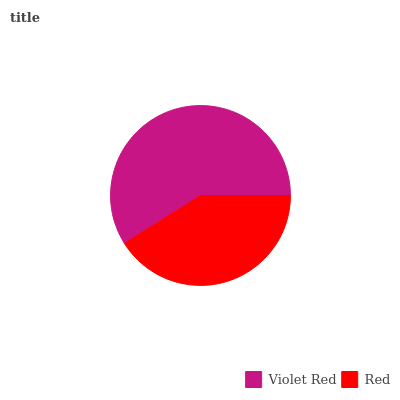
| Violet Red | Red |
 | --- | --- |
 | 58.9% | 41.1% |